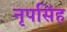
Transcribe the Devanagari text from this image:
नृपसिंह